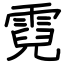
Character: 霓